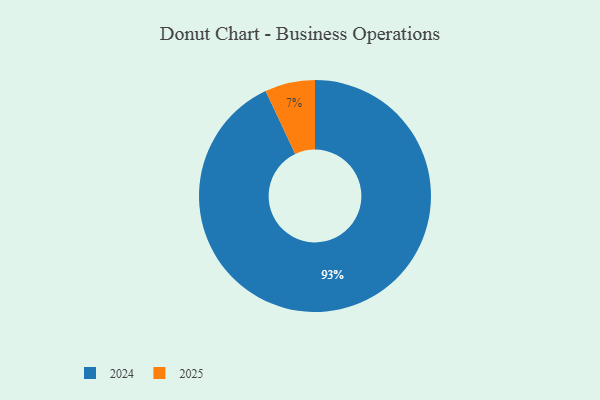
{"axis": {"x": "Category", "y": "Percentage"}, "legend": ["2024", "2025"], "data": [{"x": "2024", "y": 93, "type": "2024"}, {"x": "2025", "y": 7, "type": "2025"}]}